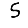
Digit: 5